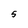
Character: 5